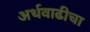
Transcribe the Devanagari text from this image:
अर्थवाढीचा